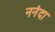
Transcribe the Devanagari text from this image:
ननंदा